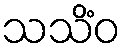
သသိံဝ